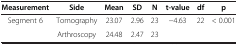
<table><thead><tr><td><b>Measurement</b></td><td><b>Side</b></td><td><b>Mean</b></td><td><b>SD</b></td><td><b>N</b></td><td><b>t-value</b></td><td><b>df</b></td><td><b>p</b></td></tr></thead><tbody><tr><td>Segment 6</td><td>Tomography</td><td>23.07</td><td>2.96</td><td>23</td><td>−4.63</td><td>22</td><td>&lt; 0.001</td></tr><tr><td> </td><td>Arthroscopy</td><td>24.48</td><td>2.47</td><td>23</td><td> </td><td> </td><td> </td></tr></tbody></table>